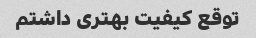
توقع کیفیت بهتری داشتم